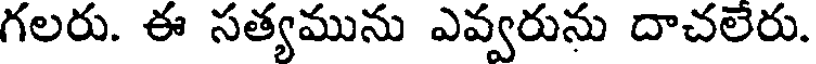
గలరు. ఈ సత్యమును ఎవ్వరును దాచలేరు.